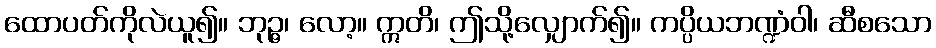
ထောပတ်ကိုလဲယူ၍။ ဘုဉ္ဇ၊ လော့။ ဣတိ၊ ဤသို့လျှောက်၍။ ကပ္ပိယဘဏ္ဍံဝါ၊ ဆီစသော